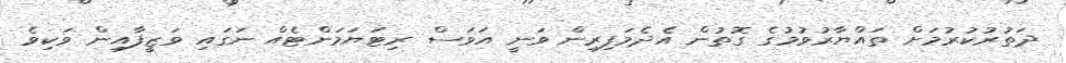
ދަތުރުކުރުމަށް ތައްޔާރުވުމުގެ ގޮތުން އެދެމަފިރިން ވަނީ އަވަސް ރިޓަޔަމަންޓެއް ނަގައި ވަޒީފާއިން ވަކިވެ